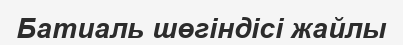
Батиаль шөгіндісі жайлы